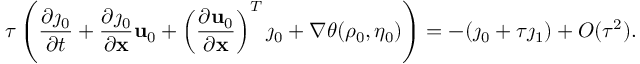
\tau \left( \frac { \partial \j _ { 0 } } { \partial t } + \frac { \partial \j _ { 0 } } { \partial \mathbf { x } } \mathbf { u } _ { 0 } + \left( \frac { \partial \mathbf { u } _ { 0 } } { \partial \mathbf { x } } \right) ^ { T } \j _ { 0 } + \nabla \theta ( \rho _ { 0 } , \eta _ { 0 } ) \right) = - ( \j _ { 0 } + \tau \j _ { 1 } ) + O ( \tau ^ { 2 } ) .